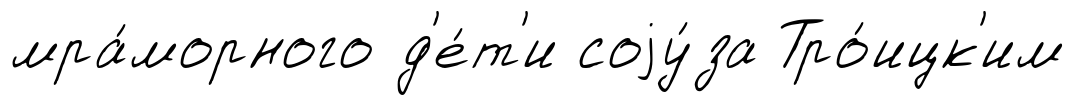
мра́морного д'е́т'и соjу́за Тро́ицк'им